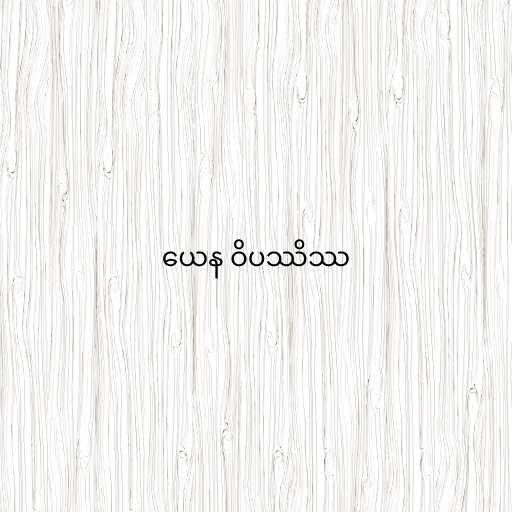
ယေန ဝိပဿိဿ